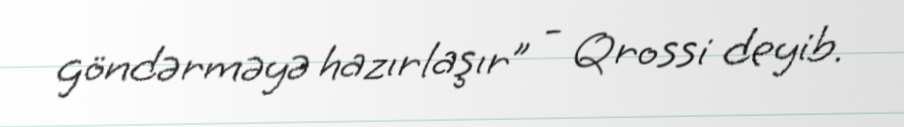
göndərməyə hazırlaşır” - Qrossi deyib.